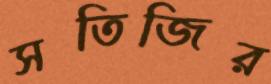
সতিজির